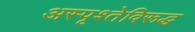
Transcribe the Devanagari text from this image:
अस्पृश्तेविरूद्ध